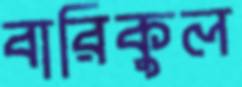
বারিকুল